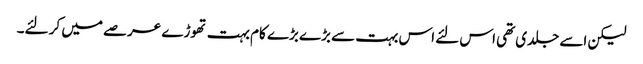
لیکن اسے جلدی تھی اس لئے اس بہت سے بڑے بڑے کام بہت تھوڑے عرصے میں کر لئے۔